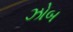
ઝોબ